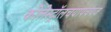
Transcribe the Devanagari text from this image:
कोलेस्ट्रॉलचयापचयज